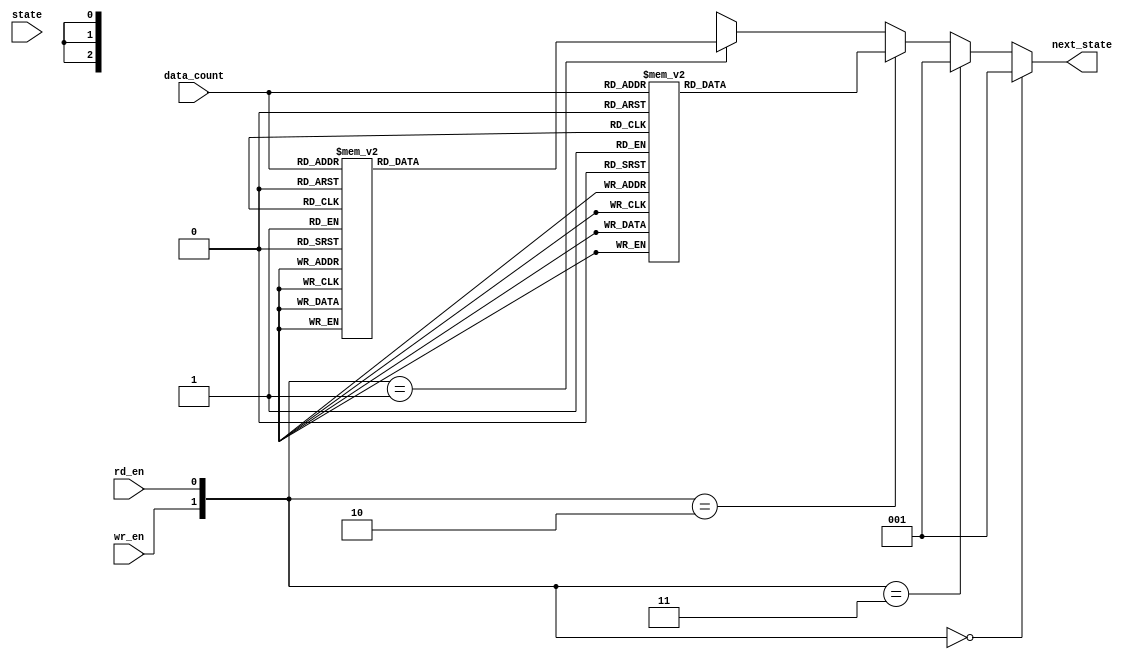
module fifo_ns (wr_en, rd_en, state, data_count, next_state);
	input wr_en, rd_en;
	input[2:0] state;
	input[3:0] data_count;
	output reg[2:0] next_state;
	
	parameter INIT = 3'b000;
	parameter NO_OP = 3'b001;
	parameter WRITE = 3'b010;
	parameter WR_ERR = 3'b011;
	parameter READ = 3'b100;
	parameter RD_ERR = 3'b101;
	//states encoding
	//110 and 111 are not used
	
	always @ (wr_en, rd_en, state, data_count)
		begin
			//every States to INIT (NONE)
		
			if ({wr_en,rd_en} == 2'b00) next_state = NO_OP;
			else if ({wr_en,rd_en} == 2'b11) next_state = NO_OP;
			//every States to NO_OP
			
			else if ({wr_en,rd_en} == 2'b10)
				case (data_count)
					(4'b0000) : next_state = WRITE;
					(4'b0001) : next_state = WRITE;
					(4'b0010) : next_state = WRITE;
					(4'b0011) : next_state = WRITE;
					(4'b0100) : next_state = WRITE;
					(4'b0101) : next_state = WRITE;
					(4'b0110) : next_state = WRITE;
					(4'b0111) : next_state = WRITE;
					(4'b1000) : next_state = WR_ERR;
					default : next_state = 3'bxxx;
				endcase
			//every States to WRITE and WR_ERR
		
			else if ({wr_en,rd_en} == 2'b01)
				case (data_count)
					(4'b0001) : next_state = READ;
					(4'b0010) : next_state = READ;
					(4'b0011) : next_state = READ;
					(4'b0100) : next_state = READ;
					(4'b0101) : next_state = READ;
					(4'b0110) : next_state = READ;
					(4'b0111) : next_state = READ;
					(4'b1000) : next_state = READ;
					(4'b0000) : next_state = RD_ERR;
					default : next_state = 3'bxxx;
				endcase
			//every States to READ and RD_ERR
			
			else next_state = 3'bxxx;
			
			/*
			if ({wr_en,data_count} == 5'b1_0000) next_state = WRITE;
			else if ({wr_en,data_count} == 5'b1_0001) next_state = WRITE;
			else if ({wr_en,data_count} == 5'b1_0010) next_state = WRITE;
			else if ({wr_en,data_count} == 5'b1_0011) next_state = WRITE;
			else if ({wr_en,data_count} == 5'b1_0100) next_state = WRITE;
			else if ({wr_en,data_count} == 5'b1_0101) next_state = WRITE;
			else if ({wr_en,data_count} == 5'b1_0110) next_state = WRITE;
			else if ({wr_en,data_count} == 5'b1_0111) next_state = WRITE;
			//every States to WRITE
			else if ({wr_en,data_count} == 5'b1_1000) next_state = WR_ERR;
			//every States to WR_ERR
			
			if ({rd_en,data_count} == 5'b1_0001) next_state = READ;
			else if ({rd_en,data_count} == 5'b1_0010) next_state = READ;
			else if ({rd_en,data_count} == 5'b1_0011) next_state = READ;
			else if ({rd_en,data_count} == 5'b1_0100) next_state = READ;
			else if ({rd_en,data_count} == 5'b1_0101) next_state = READ;
			else if ({rd_en,data_count} == 5'b1_0110) next_state = READ;
			else if ({rd_en,data_count} == 5'b1_0111) next_state = READ;
			else if ({rd_en,data_count} == 5'b1_1000) next_state = READ;
			//every States to READ
			else if ({rd_en,data_count} == 5'b1_0000) next_state = RD_ERR;
			//every States to RD_ERR
			*/
		end
endmodule